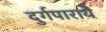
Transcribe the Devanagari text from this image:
दुर्गपारायै